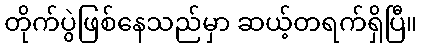
တိုက်ပွဲဖြစ်နေသည်မှာ ဆယ့်တရက်ရှိပြီ။